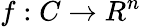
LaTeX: f:C\rightarrow R^{n}